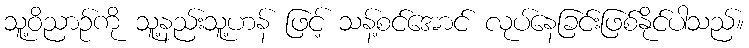
သူ့ဝိညာဉ်ကို သူ့နည်းသူ့ဟန် ဖြင့် သန့်စင်အောင် လုပ်နေခြင်းဖြစ်နိုင်ပါသည်။